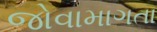
જોવામાગતા